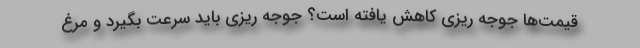
قیمت‌ها جوجه ریزی کاهش یافته است؟ جوجه ریزی باید سرعت بگیرد و مرغ